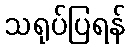
သရုပ်ပြရန်